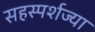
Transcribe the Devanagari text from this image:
सहस्पर्शज्या